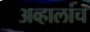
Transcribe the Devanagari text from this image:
अव्हालांच